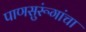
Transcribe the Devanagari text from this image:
पाणसुरूंगांचा